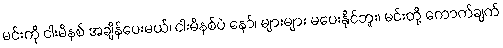
မင်းကို ငါးမိနစ် အချိန်ပေးမယ်၊ ငါးမိနစ်ပဲ နော်၊ များများ မပေးနိုင်ဘူး၊ မင်းတို့ ကောက်ချက်